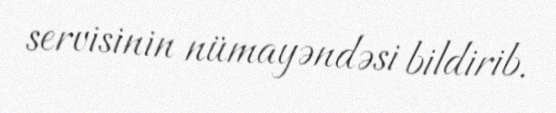
servisinin nümayəndəsi bildirib.